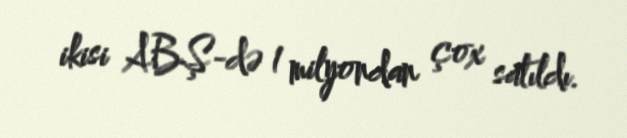
ikisi ABŞ-də 1 milyondan çox satıldı.